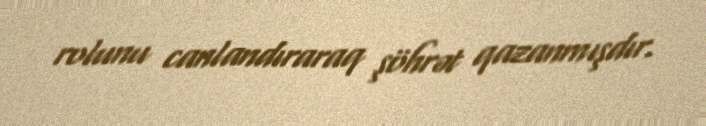
rolunu canlandıraraq şöhrət qazanmışdır.